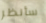
سأنظر